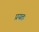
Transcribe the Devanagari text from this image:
प्रयतः